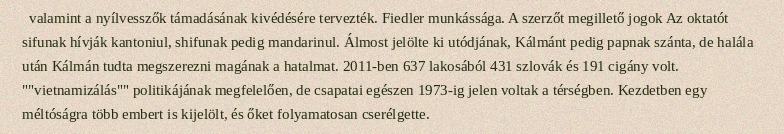
valamint a nyílvesszők támadásának kivédésére tervezték. Fiedler munkássága. A szerzőt megillető jogok Az oktatót sifunak hívják kantoniul, shifunak pedig mandarinul. Álmost jelölte ki utódjának, Kálmánt pedig papnak szánta, de halála után Kálmán tudta megszerezni magának a hatalmat. 2011-ben 637 lakosából 431 szlovák és 191 cigány volt. ""vietnamizálás"" politikájának megfelelően, de csapatai egészen 1973-ig jelen voltak a térségben. Kezdetben egy méltóságra több embert is kijelölt, és őket folyamatosan cserélgette.